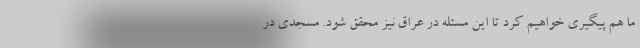
ما هم پیگیری خواهیم کرد تا این مسئله در عراق نیز محقق شود. مسجدی در